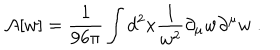
{ \cal A } [ w ] = { \frac { 1 } { 9 6 \pi } } \int d ^ { 2 } x { \frac { 1 } { w ^ { 2 } } } \partial _ { \mu } w \partial ^ { \mu } w \; .